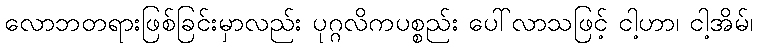
လောဘတရားဖြစ်ခြင်းမှာလည်း ပုဂ္ဂလိကပစ္စည်း ပေါ်လာသဖြင့် ငါ့ဟာ၊ ငါ့အိမ်၊